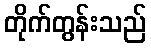
တိုက်တွန်းသည်